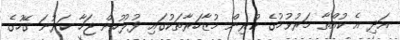
އަދި އެ ކުއްތާ މަރުވުމުގެ ކުރިން މުޒާހަރާތަކުގައި ފުލުހުން ޖަހާ ކަރުނަ ގޭހުގެ